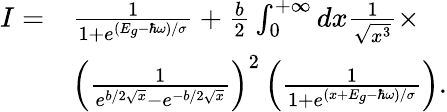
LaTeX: \begin{array}{rl}{I=}&{\frac{1}{1+e^{(E_{g}-\hbar\omega)/\sigma}}+\frac{b}{2}\int_{0}^{+\infty}dx\frac{1}{\sqrt{x^{3}}}\times}\\ &{\left(\frac{1}{e^{b/2\sqrt{x}}-e^{-b/2\sqrt{x}}}\right)^{2}\left(\frac{1}{1+e^{(x+E_{g}-\hbar\omega)/\sigma}}\right).}\end{array}